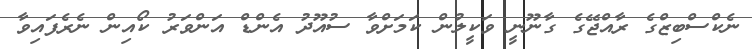
ނެކްސްބިޒްގެ ރާއްޖޭގެ ގާނޫނީ ވަކީލުން ކަމަށްވާ ސުއޫދު އެންޑް އަންވަރު ކޯއިން ނެރެފައިވާ